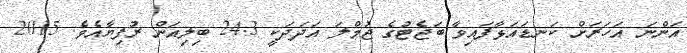
އަންނަ އަހަރަށް ކަނޑައަޅާފައިވާ ބަޖެޓުގެ ޖުމްލަ އަދަދަކީ 24.3 ބިލިއަން ރުފިޔާއެވެ. 2015